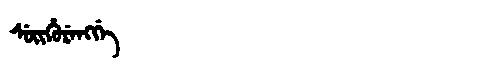
Manchu: ᠰᡠᡳᡥᡠᡵᡝᠩᡤᡝ
Romanization: SUIHURENGGE